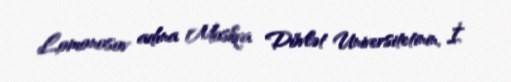
Lomonosov adına Moskva Dövlət Universitetinin, İ.